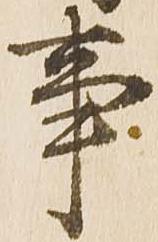
事